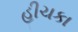
હીચકા